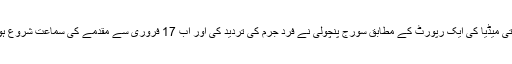
بھارتی میڈیا کی ایک رپورٹ کے مطابق سورج پنچولی نے فرد جرم کی تردید کی اور اب 17 فروری سے مقدمے کی سماعت شروع ہوگی۔